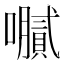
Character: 𫬤